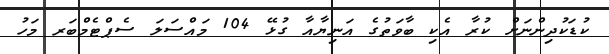
ކުޑަކުދިންނަށް ކުރާ އެކި ބާވަތުގެ އަނިޔާއާ ގުޅޭ 104 މައްސަލަ ސެޕްޓެމްބަރ މަހު